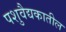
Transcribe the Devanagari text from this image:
पशुवैद्यकातील